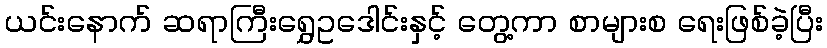
ယင်းနောက် ဆရာကြီးရွှေဥဒေါင်းနှင့် တွေ့ကာ စာများစ ရေးဖြစ်ခဲ့ပြီး